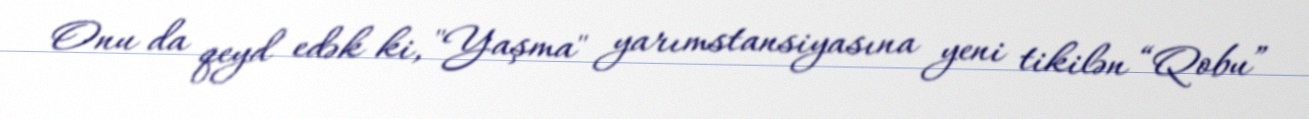
Onu da qeyd edək ki, "Yaşma" yarımstansiyasına yeni tikilən “Qobu”